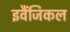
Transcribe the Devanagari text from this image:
इवैंजिकल